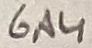
Text: 6A4